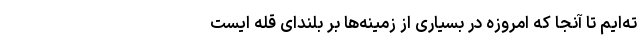
ته‌ایم تا آنجا که امروزه در بسیاری از زمینه‌ها بر بلندای قله ایست